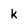
Character: k